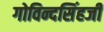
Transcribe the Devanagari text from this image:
गोविन्दसिंहजी